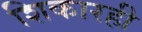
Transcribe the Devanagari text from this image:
शिकारही